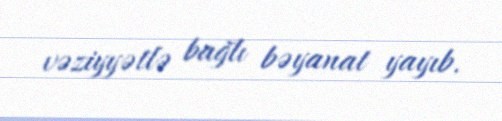
vəziyyətlə bağlı bəyanat yayıb.